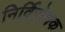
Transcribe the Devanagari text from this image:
निर्विरोधक